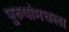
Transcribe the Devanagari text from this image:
पुरुषांमधला